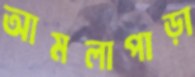
আমলাপাড়া